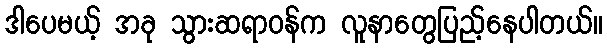
ဒါပေမယ့် အခု သွားဆရာဝန်က လူနာတွေပြည့်နေပါတယ်။